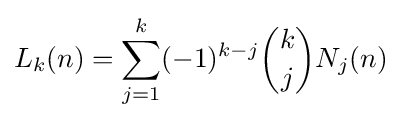
L_{k}(n)=\sum _{j=1}^{k}(-1)^{k-j}{\binom {k}{j}}N_{j}(n)